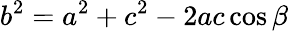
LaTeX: b^{2}=a^{2}+c^{2}-2ac\cos\beta